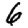
Digit: 6